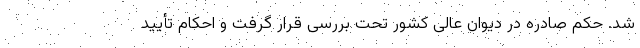
شد. حکم صادره در دیوان عالی کشور تحت بررسی قرار گرفت و احکام تأیید